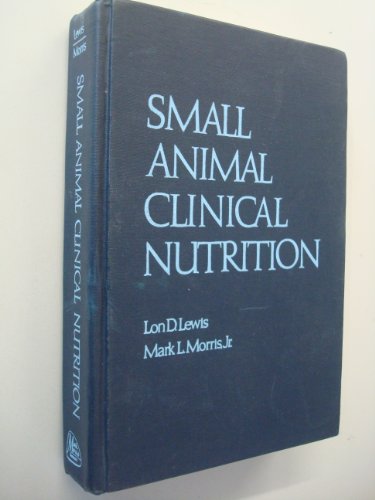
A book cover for Small Animal Clinical Nutrition; Medical Books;